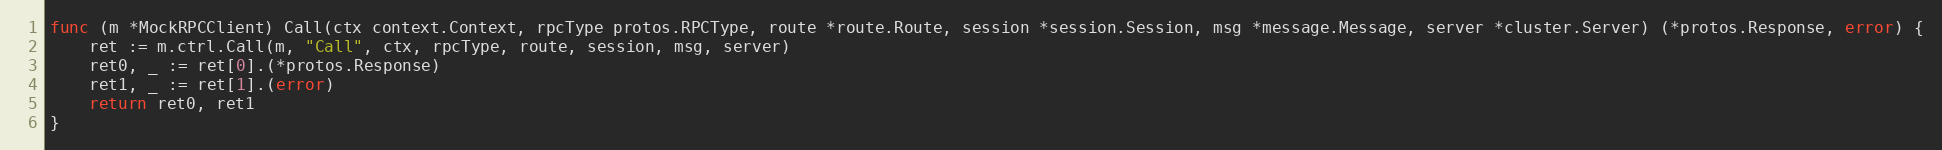
Language: Go
func (m *MockRPCClient) Call(ctx context.Context, rpcType protos.RPCType, route *route.Route, session *session.Session, msg *message.Message, server *cluster.Server) (*protos.Response, error) {
	ret := m.ctrl.Call(m, "Call", ctx, rpcType, route, session, msg, server)
	ret0, _ := ret[0].(*protos.Response)
	ret1, _ := ret[1].(error)
	return ret0, ret1
}